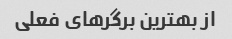
از بهترین برگر‌های فعلی